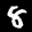
Label: 8